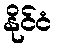
နိုင်ငံ